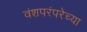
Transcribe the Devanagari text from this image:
वंशपरंपरेच्या